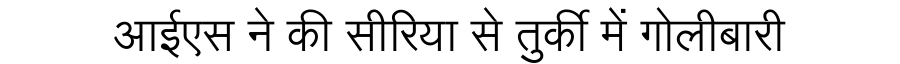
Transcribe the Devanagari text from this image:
आईएस ने की सीरिया से तुर्की में गोलीबारी